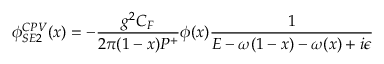
\phi _ { S E 2 } ^ { C P V } ( x ) = - { \frac { g ^ { 2 } C _ { F } } { 2 \pi ( 1 - x ) P ^ { + } } } \phi ( x ) { \frac { 1 } { { \cal E } - \omega ( 1 - x ) - \omega ( x ) + i \epsilon } }